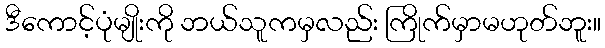
ဒီကောင့်ပုံမျိုးကို ဘယ်သူကမှလည်း ကြိုက်မှာမဟုတ်ဘူး။